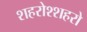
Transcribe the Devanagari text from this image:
शहरोश्शहरो